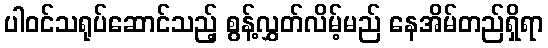
ပါဝင်သရုပ်ဆောင်သည့် စွန့်လွှတ်လိမ့်မည် နေအိမ်တည်ရှိရာ